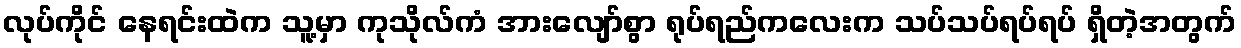
လုပ်ကိုင် နေရင်းထဲက သူ့မှာ ကုသိုလ်ကံ အားလျော်စွာ ရုပ်ရည်ကလေးက သပ်သပ်ရပ်ရပ် ရှိတဲ့အတွက်